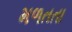
મળતતા